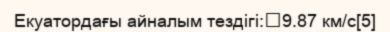
Екуатордағы айналым тездігі:	9.87 км/с[5]